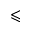
\leqslant